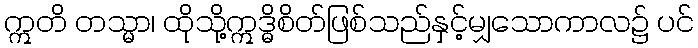
ဣတိ တသ္မာ၊ ထိုသို့ဣဒ္ဓိစိတ်ဖြစ်သည်နှင့်မျှသောကာလ၌ ပင်